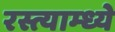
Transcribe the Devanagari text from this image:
रस्त्याम्ध्ये